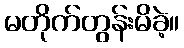
မတိုက်တွန်းမိခဲ့။